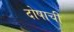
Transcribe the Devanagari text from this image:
दोषाची